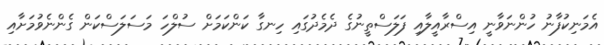
އެމަނިކުފާނު ހުންނަވާނީ އިސްރާއީލާއި ފަލަސްތީނުގެ ދެެމެދުގައި ހިނގާ ކަންކަމަށް ސުލްހަ މަސަލަސްކަން ގެންނެވުމަށާއި